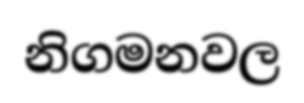
නිගමනවල